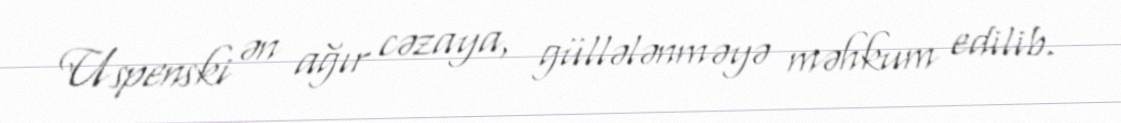
Uspenski ən ağır cəzaya, güllələnməyə məhkum edilib.